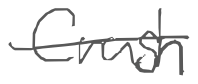
Text: Crush
Cross-out: single-line
Writing tool: digital_gray